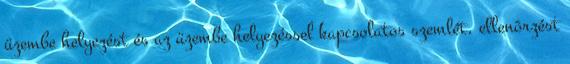
üzembe helyezést és az üzembe helyezéssel kapcsolatos szemlét, ellenõrzést